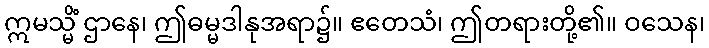
ဣမသ္မိံ ဌာနေ၊ ဤဓမ္မဒါနုအရာ၌။ ဧတေသံ၊ ဤတရားတို့၏။ ဝသေန၊